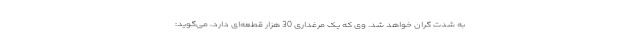
به شدت گران خواهد شد. وی که یک مرغداری 30 هزار قطعه‌ای دارد، می‌گوید: